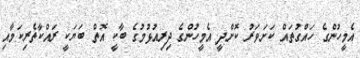
އެމީހުންގެ ހައްގުތައް ކަށަވަރު ކޮށްދީ އެމީހުންގެ ދިރިއުޅުމުގެ ބާކީ އޮތް ބަޔަކީ ރައްކާތެރިކަމާއި